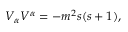
V _ { \alpha } V ^ { \alpha } = - m ^ { 2 } s ( s + 1 ) ,